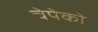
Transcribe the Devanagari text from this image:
चेपेको